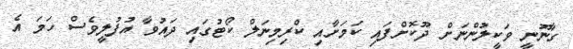
ގާނޫނީ ވަކީލުންނަށް ދޫކޮށްފައި ކަމަށާއި ކްރިމިނަލް ކޯޓުގައި ދައުވާ އުފުލީވެސް ހަމަ އެ